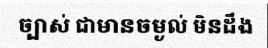
ច្បាស់ ជាមានចម្ងល់ មិនដឹង